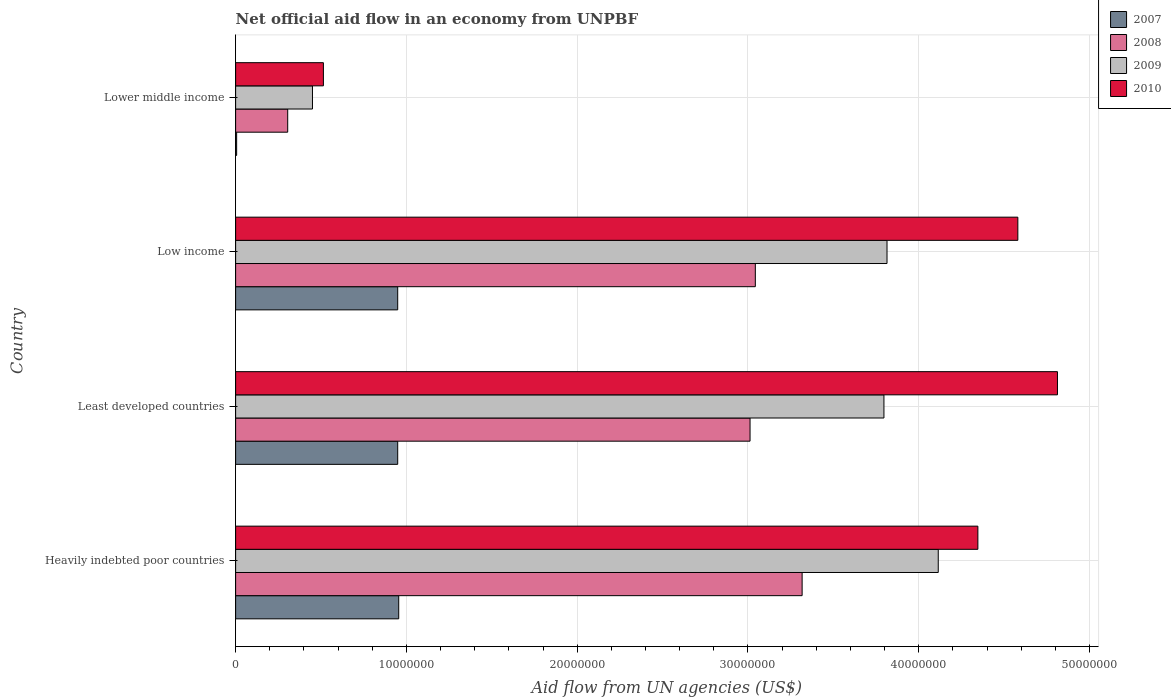
| Country | 2007 | 2008 | 2009 | 2010 |
 | --- | --- | --- | --- | --- |
 | Heavily indebted poor countries | 9.55e+06 | 3.32e+07 | 4.11e+07 | 4.35e+07 |
 | Least developed countries | 9.49e+06 | 3.01e+07 | 3.8e+07 | 4.81e+07 |
 | Low income | 9.49e+06 | 3.04e+07 | 3.81e+07 | 4.58e+07 |
 | Lower middle income | 6e+04 | 3.05e+06 | 4.5e+06 | 5.14e+06 |